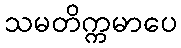
သမတိက္ကမာပေ